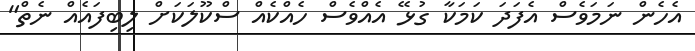
އެހެން ނަމަވެސް އެފަދަ ކަމަކާ ގުޅޭ އެއްވެސް ހެއްކެއް ސްކޫލަކަށް ލިބިފައެއް ނެތް"